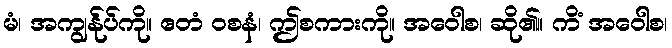
မံ၊ အကျွန်ုပ်ကို။ ဧတံ ဝစနံ၊ ဤစကားကို။ အဝေါစ၊ ဆို၏။ ကိံ အဝေါစ၊